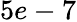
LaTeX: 5e-7